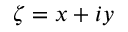
\zeta = x + i y